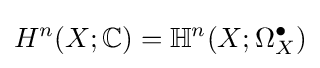
H^{n}(X;\mathbb {C} )=\mathbb {H} ^{n}(X;\Omega _{X}^{\bullet })